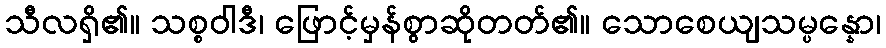
သီလရှိ၏။ သစ္စဝါဒီ၊ ဖြောင့်မှန်စွာဆိုတတ်၏။ သောစေယျသမ္ပန္နော၊